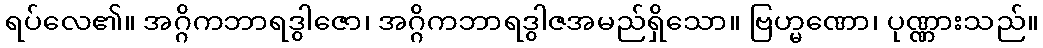
ရပ်လေ၏။ အဂ္ဂိကဘာရဒွါဇော၊ အဂ္ဂိကဘာရဒွါဇအမည်ရှိသော။ ဗြဟ္မဏော၊ ပုဏ္ဏားသည်။